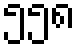
၅၅၈